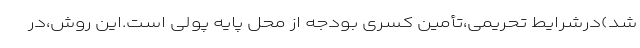
شد)درشرایط تحریمی،تأمین کسری بودجه از محل پایه پولی است.این روش،در